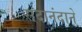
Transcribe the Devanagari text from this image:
सदानंदाने